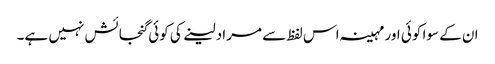
ان کے سوا کوئی اور مہینہ اس لفظ سے مراد لینے کی کوئی گنجائش نہیں ہے۔